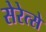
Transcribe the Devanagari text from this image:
सेरेत्से